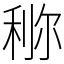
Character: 鿟